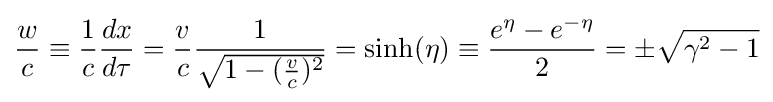
{\frac {w}{c}}\equiv {\frac {1}{c}}{\frac {dx}{d\tau }}={\frac {v}{c}}{\frac {1}{\sqrt {1-({\frac {v}{c}})^{2}}}}=\sinh(\eta )\equiv {\frac {e^{\eta }-e^{-\eta }}{2}}=\pm {\sqrt {\gamma ^{2}-1}}